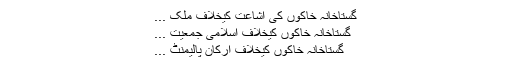
گستاخانہ خاکوں کی اشاعت کیخلاف ملک ...
گستاخانہ خاکوں کیخلاف اسلامی جمعیت ...
گستاخانہ خاکوں کیخلاف ارکان پالیمنٹ ...